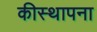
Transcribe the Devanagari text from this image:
कीस्थापना